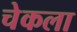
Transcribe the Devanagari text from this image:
चेकला